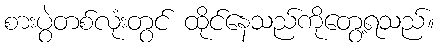
စားပွဲတစ်လုံးတွင် ထိုင်နေသည်ကိုတွေ့ရသည်။